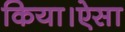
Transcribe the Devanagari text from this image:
किया।ऐसा